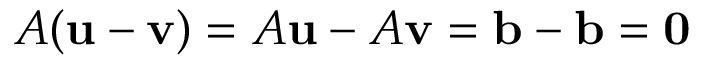
A ( \mathbf { u } - \mathbf { v } ) = A \mathbf { u } - A \mathbf { v } = \mathbf { b } - \mathbf { b } = \mathbf { 0 }